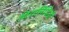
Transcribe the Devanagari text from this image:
पिरालिडिडी